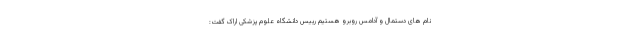
نام های دستمال و آدامس روبرو هستیم رییس دانشگاه علوم پزشکی اراک گفت: